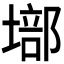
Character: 𡏿